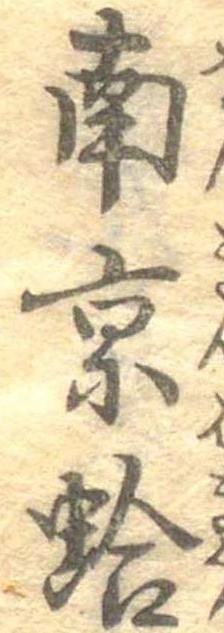
南京蛤